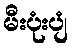
မီးပုံးပျံ